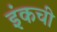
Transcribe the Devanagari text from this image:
इंकची